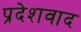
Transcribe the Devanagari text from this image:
प्रदेशवाद